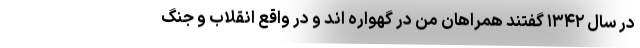
در سال ۱۳۴۲ گفتند همراهان من در گهواره اند و در واقع انقلاب و جنگ